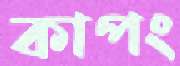
কাপং